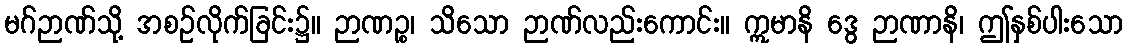
မဂ်ဉာဏ်သို့ အစဉ်လိုက်ခြင်း၌။ ဉာဏဉ္စ၊ သိသော ဉာဏ်လည်းကောင်း။ ဣမာနိ ဒွေ ဉာဏာနိ၊ ဤနှစ်ပါးသော